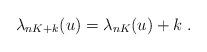
LaTeX: \begin{align*}\lambda_{nK+k}(u) = \lambda_{nK}(u) + k\ .\end{align*}